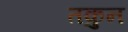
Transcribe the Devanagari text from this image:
तकुन